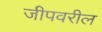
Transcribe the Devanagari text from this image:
जीपवरील